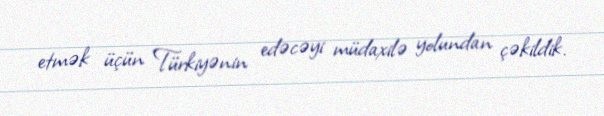
etmək üçün Türkiyənin edəcəyi müdaxilə yolundan çəkildik.